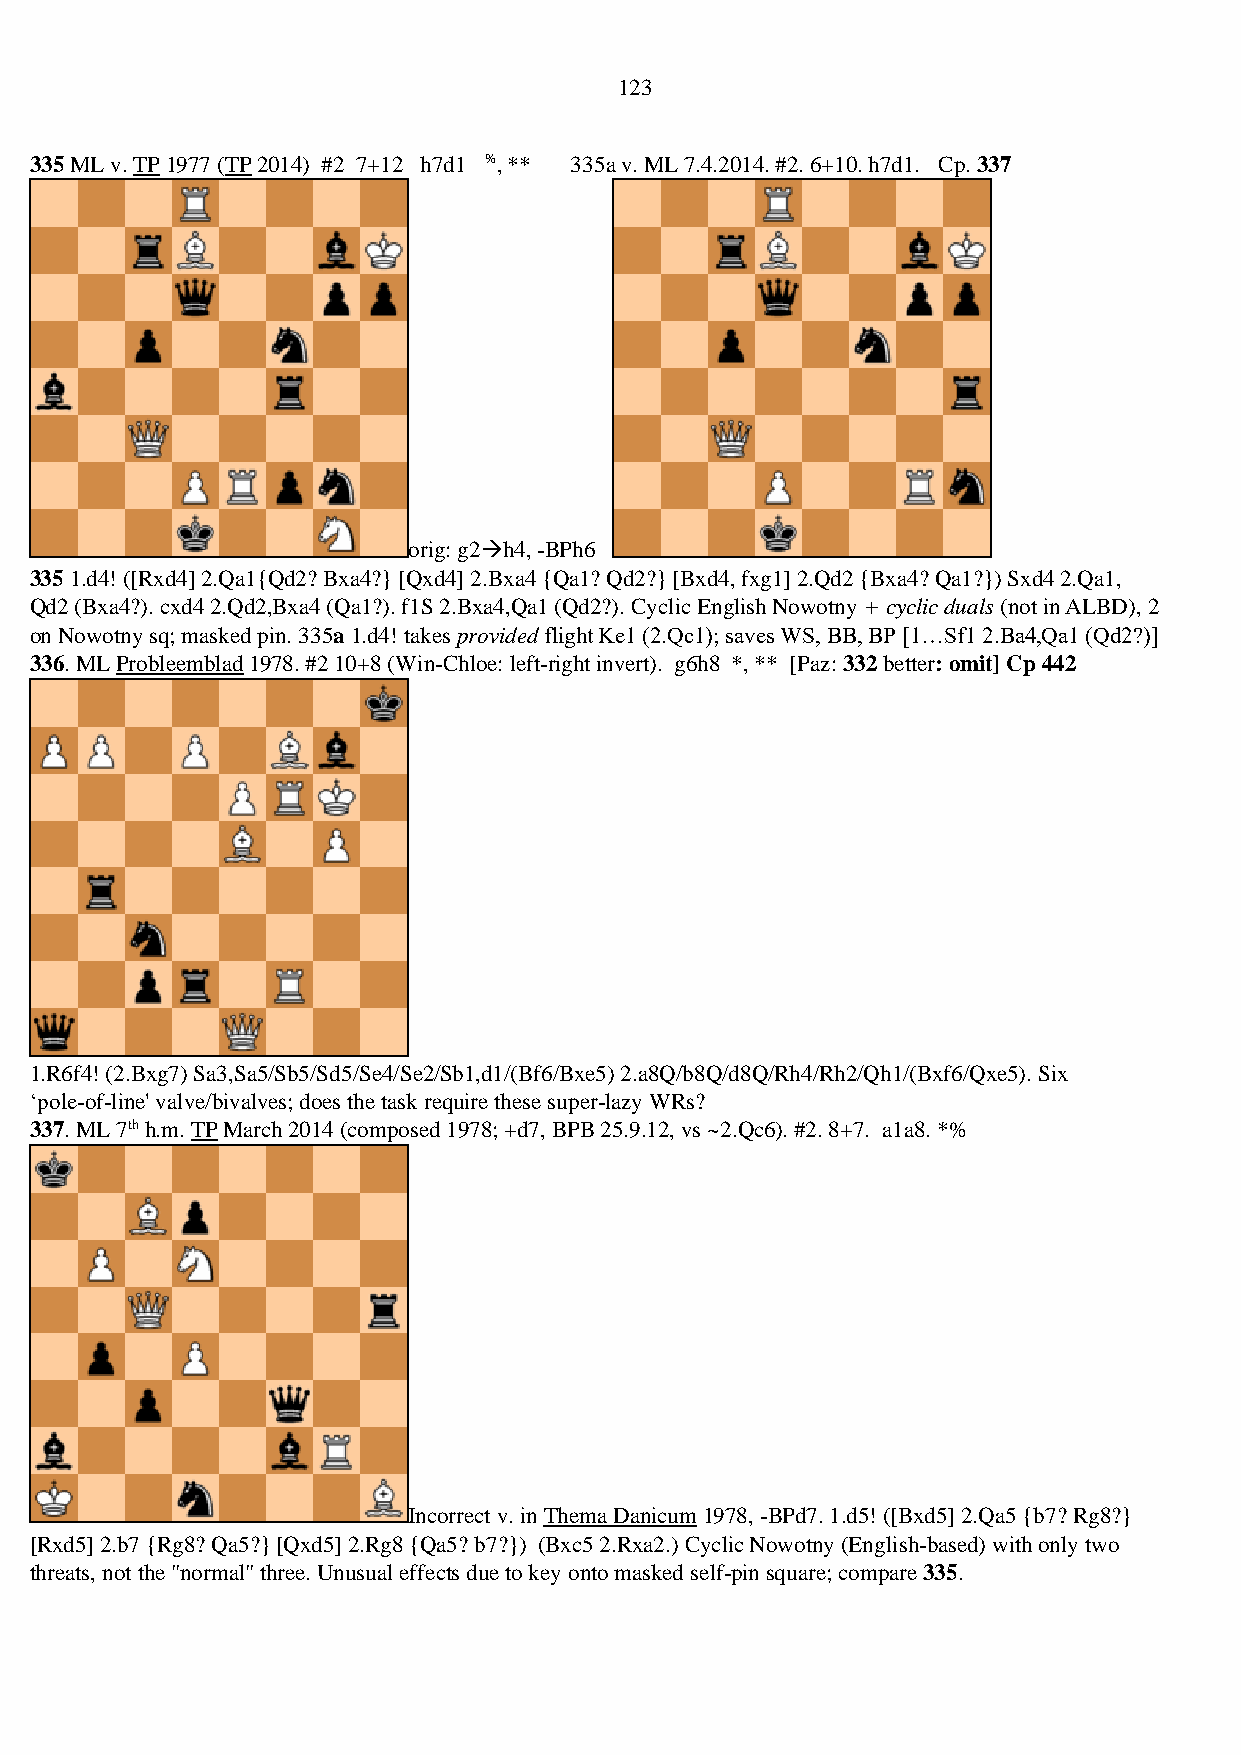
123
 335 ML v. TP 1977 (TP 2014) #2 7+12 h7d1 %, ** 335a v. ML 7.4.2014. #2. 6+10. h7d1. Cp. 337
 orig: g2→h4, -BPh6
 335 1.d4! ([Rxd4] 2.Qa1{Qd2? Bxa4?} [Qxd4] 2.Bxa4 {Qa1? Qd2?} [Bxd4, fxg1] 2.Qd2 {Bxa4? Qa1?}) Sxd4 2.Qa1,
 Qd2 (Bxa4?). cxd4 2.Qd2,Bxa4 (Qa1?). f1S 2.Bxa4,Qa1 (Qd2?). Cyclic English Nowotny + cyclic duals (not in ALBD), 2
 on Nowotny sq; masked pin. 335a 1.d4! takes provided flight Ke1 (2.Qc1); saves WS, BB, BP [1…Sf1 2.Ba4,Qa1 (Qd2?)]
 336. ML Probleemblad 1978. #2 10+8 (Win-Chloe: left-right invert). g6h8 *, ** [Paz: 332 better: omit] Cp 442
 1.R6f4! (2.Bxg7) Sa3,Sa5/Sb5/Sd5/Se4/Se2/Sb1,d1/(Bf6/Bxe5) 2.a8Q/b8Q/d8Q/Rh4/Rh2/Qh1/(Bxf6/Qxe5). Six
 ‘pole-of-line' valve/bivalves; does the task require these super-lazy WRs?
 337. ML 7th h.m. TP March 2014 (composed 1978; +d7, BPB 25.9.12, vs ~2.Qc6). #2. 8+7. a1a8. *%
 Incorrect v. in Thema Danicum 1978, -BPd7. 1.d5! ([Bxd5] 2.Qa5 {b7? Rg8?}
 [Rxd5] 2.b7 {Rg8? Qa5?} [Qxd5] 2.Rg8 {Qa5? b7?}) (Bxc5 2.Rxa2.) Cyclic Nowotny (English-based) with only two
 threats, not the "normal" three. Unusual effects due to key onto masked self-pin square; compare 335.